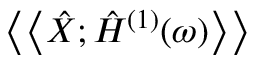
\left\langle \left\langle \hat { X } ; \hat { H } ^ { ( 1 ) } ( \omega ) \right\rangle \right\rangle